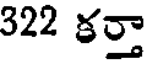
322 కర్తా